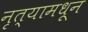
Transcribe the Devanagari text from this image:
नृत्यामधून